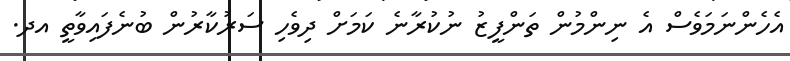
އެހެންނަމަވެސް އެ ނިންމުން ތަންފީޒު ނުކުރާނެ ކަމަށް ދިވެހި ސަރުކާރުން ބުނެފައިވާތީ އދ.